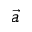
\vec { a }